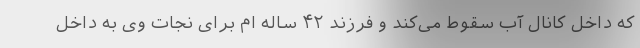
که داخل کانال آب سقوط می‌کند و فرزند ۴۲ ساله ام برای نجات وی به داخل